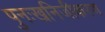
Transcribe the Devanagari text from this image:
पुनःखनिजीकरण